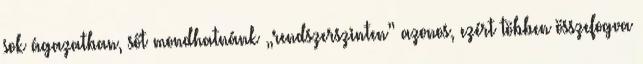
sok ágazatban, sőt mondhatnánk „rendszerszinten” azonos, ezért többen összefogva